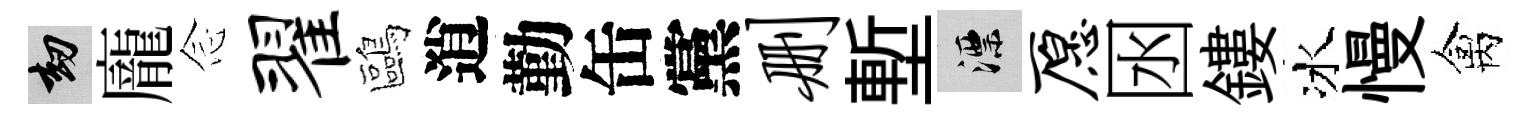
劫龐𫝹翟鷗逍勤缶黨删塹漂愿囦鏤冰慢禽